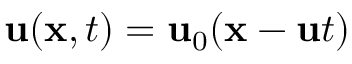
{ \mathbf { u } } ( { \mathbf { x } } , t ) = { \mathbf { u } } _ { 0 } ( { \mathbf { x } } - { \mathbf { u } } t )